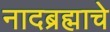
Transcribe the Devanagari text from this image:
नादब्रह्माचे